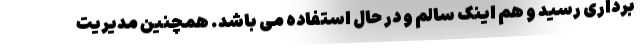
برداری رسید و هم اینک سالم و در حال استفاده می باشد. همچنین مدیریت